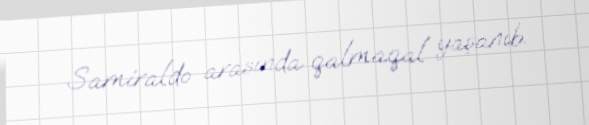
Samiraldo arasında qalmaqal yaşanıb.